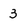
Character: 3